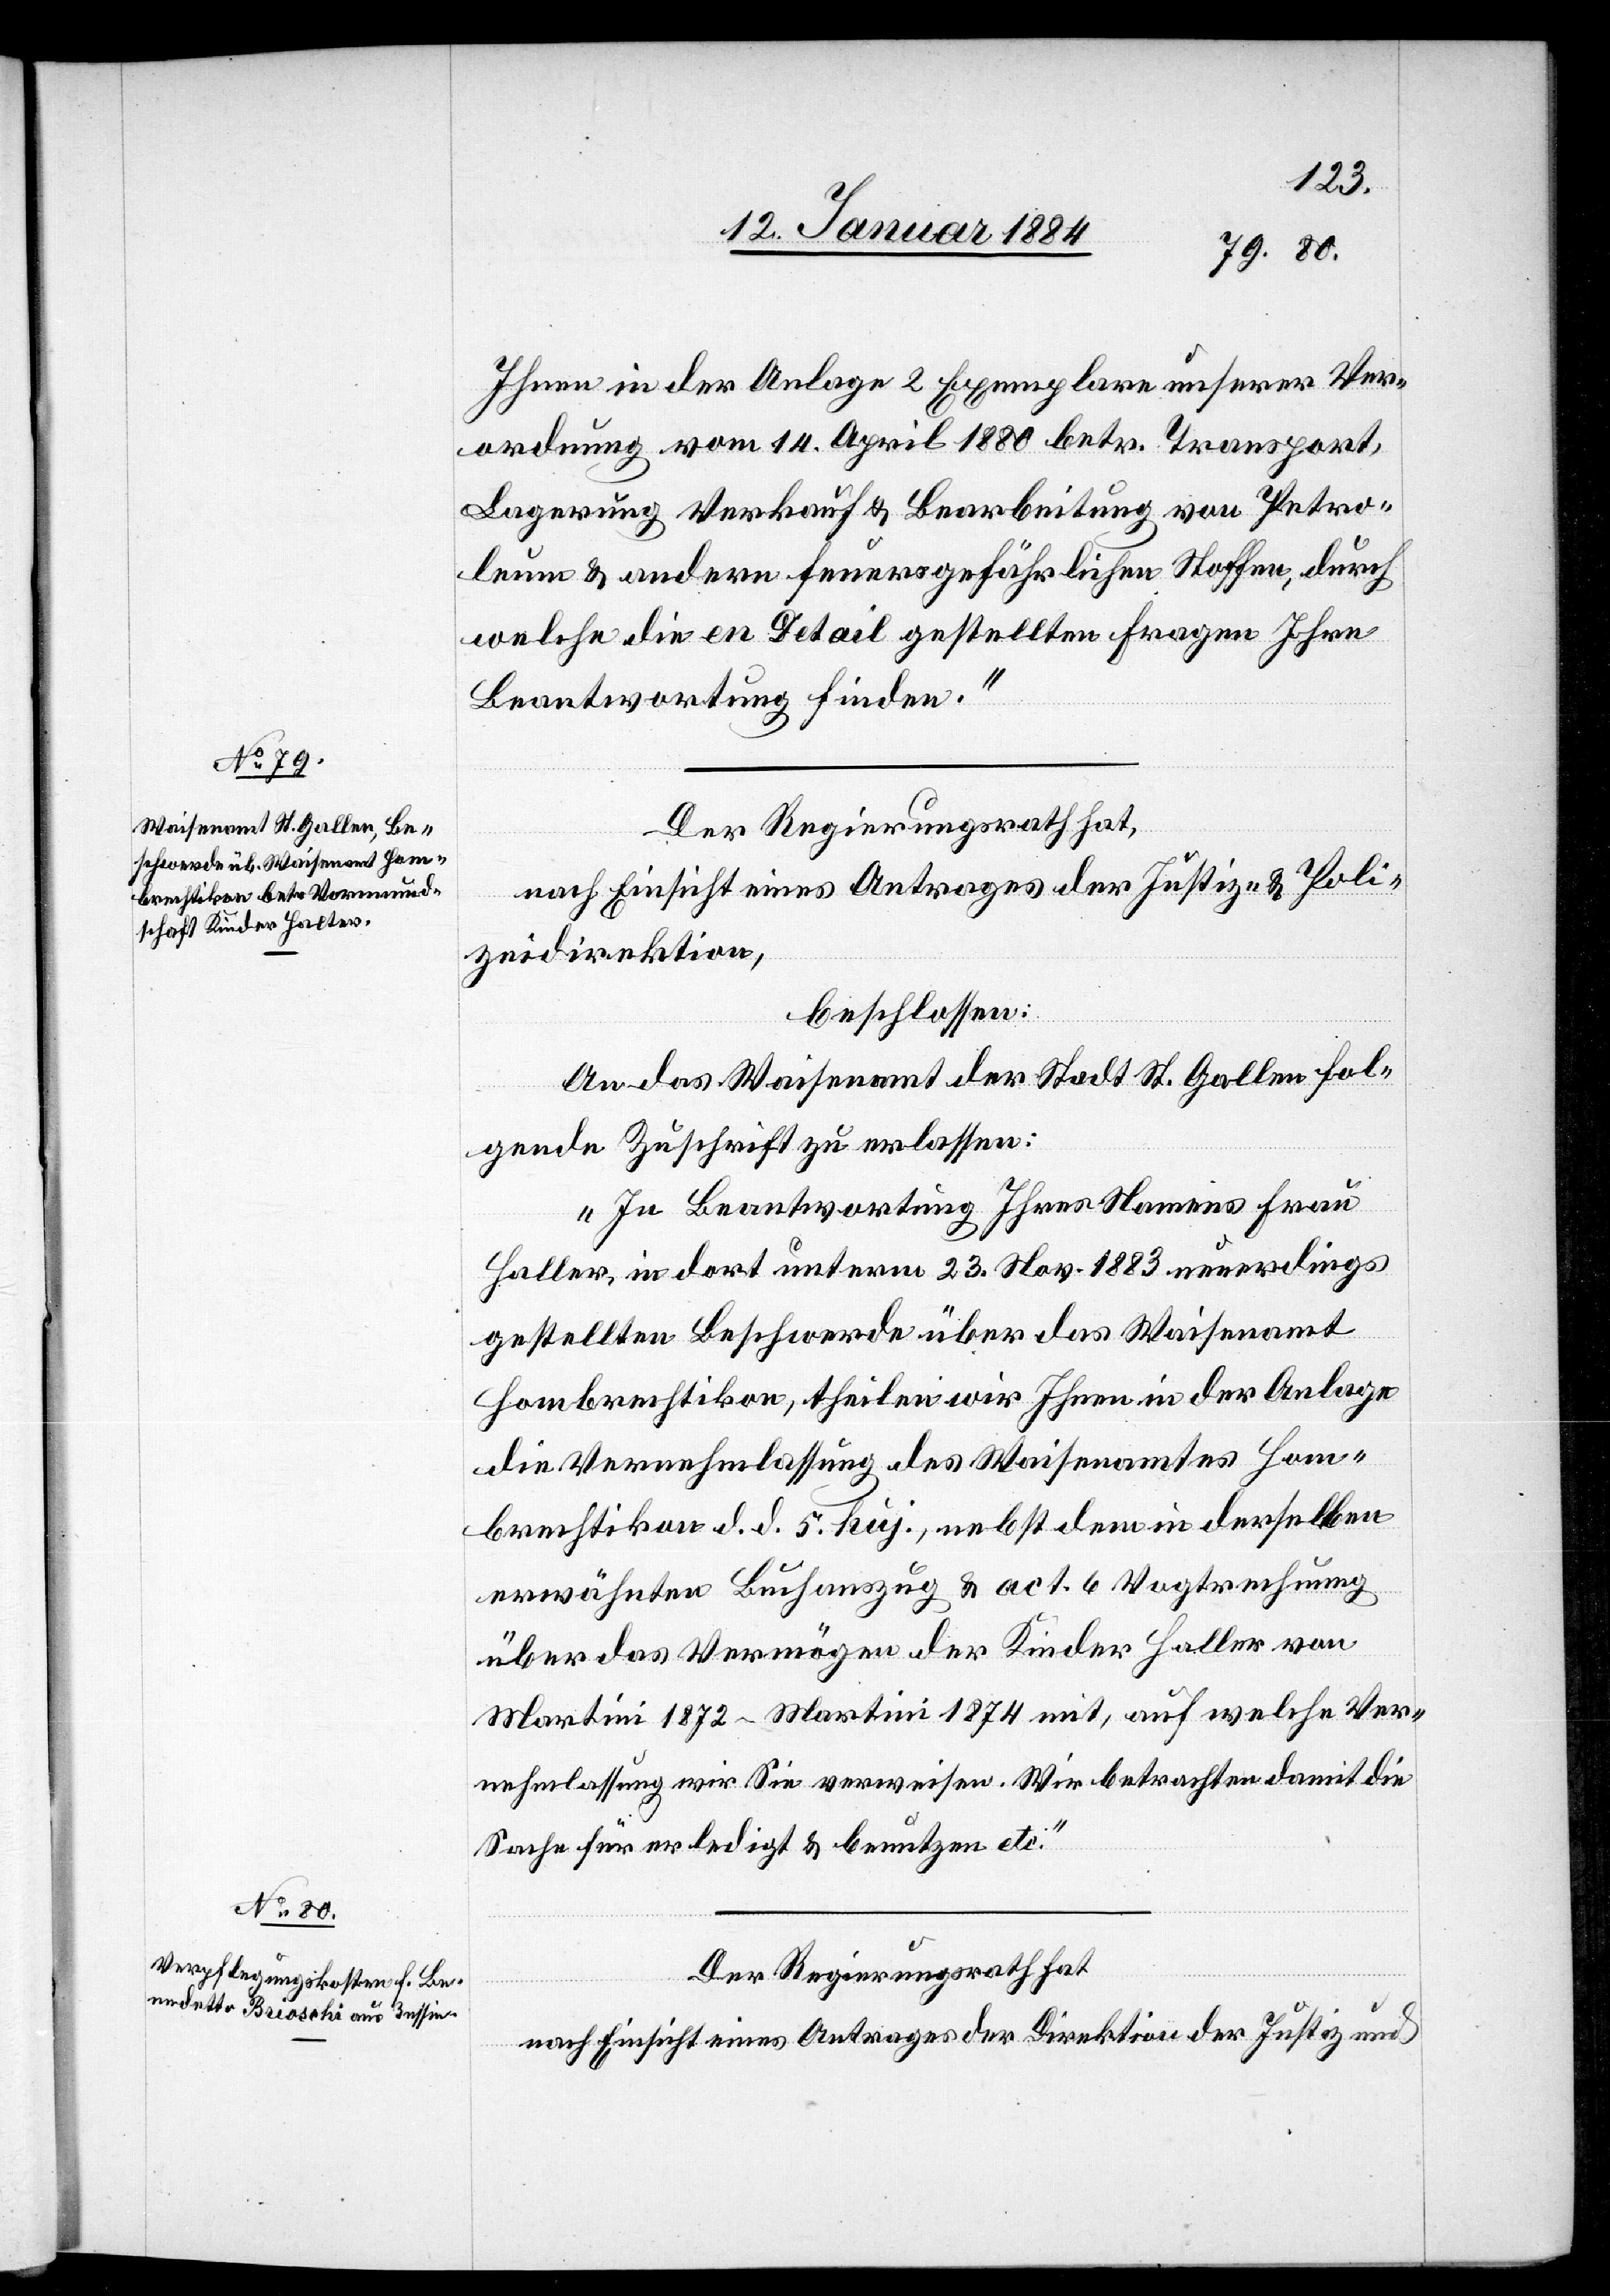
1883
Ihnen in der Anlage 2 Exemplare unserer Ver¬
ordnung vom 14. April 1880 betr. Transport,
Lagerung, Verkauf & Bearbeitung von Petro¬
leum & andern feuergefährlichen Waffen, durch
welche die en Detail gestellten Fragen Ihre
Beantwortung finden.“
Der Regierungsrath hat,
nach Einsicht eines Antrages der Justiz- & Poli¬
zeidirektion,
beschlossen:
ings
An das Waisenamt der Stadt St. Gallen fol¬
gende Zuschrift zu erlassen:
„In Beantwortung Ihrer Namens Frau
gestellten Beschwerde über das Waisenamt
Hombrechtikon, theilen wir Ihnen in der Anlage
die Vernehmlassung des Waisenamtes Hom¬
brechtikon d. d. 5. huj., nebst dem in derselben
erwähnten Buchauszug & Act. 6 Vogtrechnung
über das Vermögen der Kinder Haller von
Martini 1872–Martini 1874 mit, auf welche Ver¬
nehmlassung wir Sie verweisen. Wir betrachten damit die
Sache für erledigt & benutzen etc.“
Der Regierungsrath hat,
nach Einsicht eines Antrages der Direktion der Justiz und